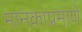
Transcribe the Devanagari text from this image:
मानकाप्रमाणे